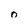
Character: o